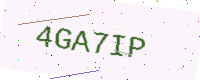
Text: 4GA7IP